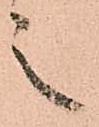
之